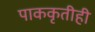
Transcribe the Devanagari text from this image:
पाककृतीही